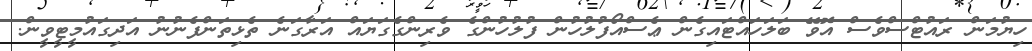
ހިޔުމަން ރައުޓްސްވެސް އޮވޭ ބަލަހައްޓައިގެން ޢެސްއޯފުލުހުން ފުލުހުންގެ ވެރިންގެގަޔައް އަރާގަނެ ތެޅިތަންފެނުނު އަދިގައުމީޓީވީން.